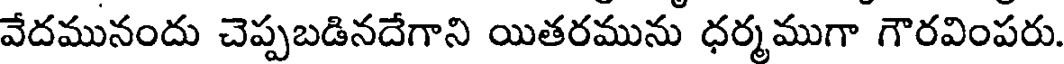
వేదమునందు చెప్పబడినదేగాని యితరమును ధర్మముగా గౌరవింపరు.